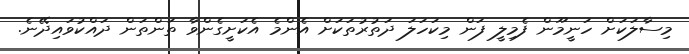
މިސާލަކަށް ހަނީމޫން ފެމިލީ ފަން މިކަހަލަ ދަތުރުތަކަށް އެންމެ އެކަށީގެންވާ ތަންތަން ދައްކުވައިދޭނެ.